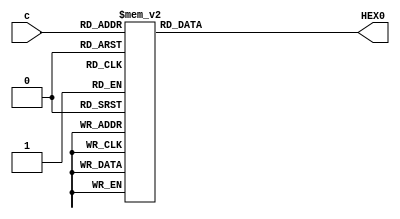
module myBCDto7Seg( 
input [3:0] c,
output reg[6:0] HEX0 
);

always @(c)
	begin 
		case(c) 
				
				0 : HEX0 = 7'b1000000;
				1 : HEX0 = 7'b1111001;
				2 : HEX0 = 7'b0100100;
				3 : HEX0 = 7'b0110000;
			   4 : HEX0 = 7'b0011001;
				5 : HEX0 = 7'b0010010;
				6 : HEX0 = 7'b0000010;
				7 : HEX0 = 7'b1111000;
				8 : HEX0 = 7'b0000000;
				9 : HEX0 = 7'b0010000;
				10: HEX0 = 7'b1111111;
				11: HEX0 = 7'b1111111;
				12: HEX0 = 7'b1111111;
				13: HEX0 = 7'b1111111;
				14: HEX0 = 7'b1111111;
				15: HEX0 = 7'b1111111;
		endcase
	end 
				
endmodule